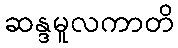
ဆန္ဒမူလကာတိ